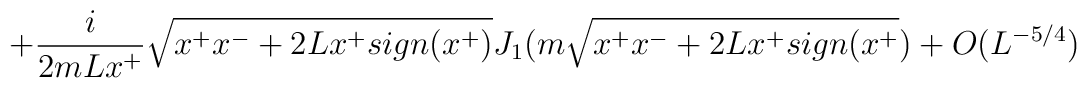
+ {i \over 2 m L x^+} \sqrt{x^+x^- + 2Lx^+ sign (x^+)} J_1 (m \sqrt{x^+x^-+ 2Lx^+ sign(x^+}) + O(L^{-5/4})